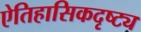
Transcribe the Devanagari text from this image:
ऐतिहासिकदृष्ट्य